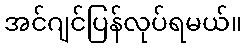
အင်ဂျင်ပြန်လုပ်ရမယ်။